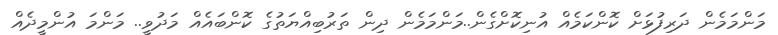
މަންމަމެން ދަރިފުޅަށް ކޮންކަމެއް އުނިކޮށްގެން..މަންމަމެން ދިން ތަރުބިއްޔަތުގެ ކޮންބައެއް މަދުވީ.. މަންމަ އުންމީދެއް